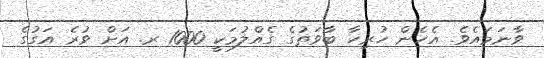
ވާނަމައެވެ. އެހެން ހުރިހާ ބާވަތުގެ ގެއްލުމަކީ 1000 ރ. އަށް ވުރެ އަގުުގެ